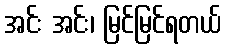
အင်း အင်း၊ မြင်မြင်ရတယ်